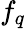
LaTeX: f_{q}